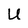
Character: U